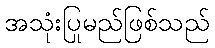
အသုံးပြုမည်ဖြစ်သည်